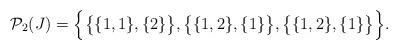
LaTeX: \begin{align*}\mathcal{P}_2(J) = \Bigl\{\bigl\{\{1,1\},\{2\}\bigr\},\bigl\{\{1,2\},\{1\}\bigr\},\bigl\{\{1,2\},\{1\}\bigr\}\Bigr\}.\end{align*}